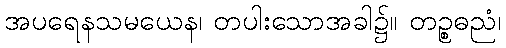
အပရေနသမယေန၊ တပါးသောအခါ၌။ တဉ္စဓညံ၊